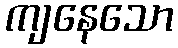
ကျနေသော